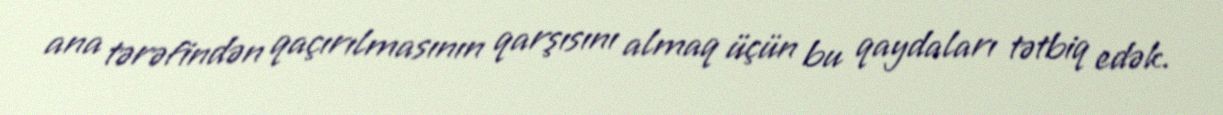
ana tərəfindən qaçırılmasının qarşısını almaq üçün bu qaydaları tətbiq edək.